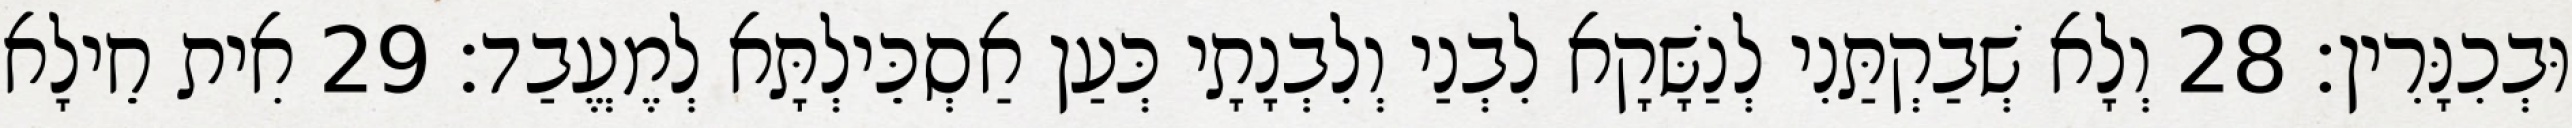
וּבְכִנָּרִין׃ 28 וְלָא שְׁבַקְתַּנִי לְנַשָּׁקָא לִבְנַי וְלִבְנָתָי כְּעַן אַסְכֵּילְתָּא לְמֶעֱבַד׃ 29 אִית חֵילָא